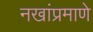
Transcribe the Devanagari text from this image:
नखांप्रमाणे